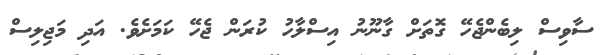
ސާވިސް ލިބެންޖެހޭ ގޮތަށް ގާނޫނު އިސްލާހު ކުރަން ޖެހޭ ކަމަށެވެ. އަދި މަޖިލިސް